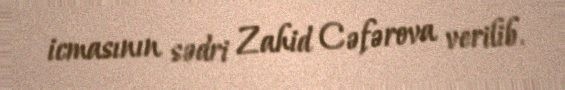
icmasının sədri Zahid Cəfərova verilib.